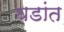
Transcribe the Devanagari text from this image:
घडांत